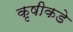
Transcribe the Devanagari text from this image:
कृषीकडे